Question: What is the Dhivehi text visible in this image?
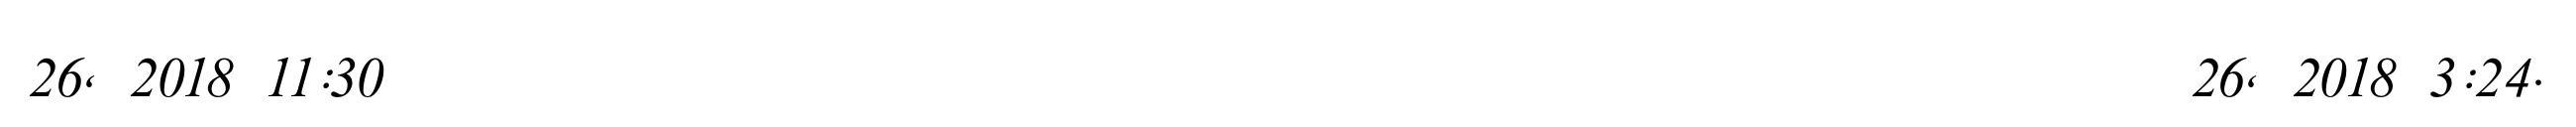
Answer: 26, 2018 11:30 ??? ??? ??? ??? ??????????????? ??? ??? ???????? ????????? ??????????????? 26, 2018 3:24.